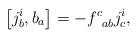
LaTeX: \begin{align*}\left[ j_{b}^{i},b_{a}\right] =-f_{\;\;ab}^{c}j_{c}^{i}, \end{align*}